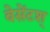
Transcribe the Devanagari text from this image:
बेसेंटश्